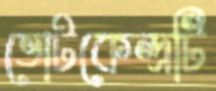
ভোটকেন্দ্রটি